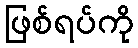
ဖြစ်ရပ်ကို